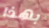
بهذا